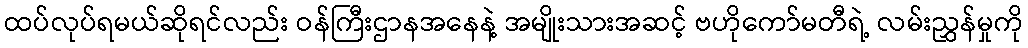
ထပ်လုပ်ရမယ်ဆိုရင်လည်း ဝန်ကြီးဌာနအနေနဲ့ အမျိုးသားအဆင့် ဗဟိုကော်မတီရဲ့ လမ်းညွှန်မှုကို